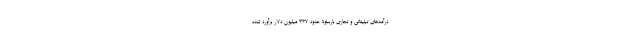
درآمدهای تبلیغاتی و تجاری بارسلونا حدود 337 میلیون دلار برآورد شده